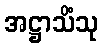
အဋ္ဌာသိံသု